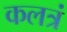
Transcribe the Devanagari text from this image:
कलत्रं